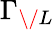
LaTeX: \Gamma_{\/ L}